Civil Veterinary Dept. Assam report 1927-50 - 1927-1950
Year: 1927
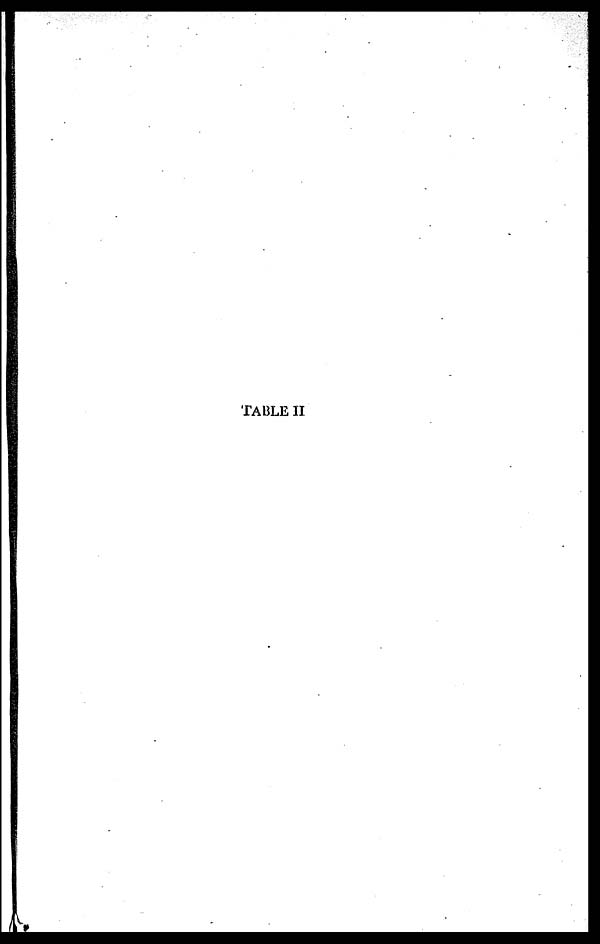
TABLE II